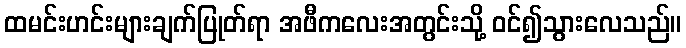
ထမင်းဟင်းများချက်ပြုတ်ရာ အဖီကလေးအတွင်းသို့ ဝင်၍သွားလေသည်။